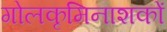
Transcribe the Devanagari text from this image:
गोलकृमिनाशकों